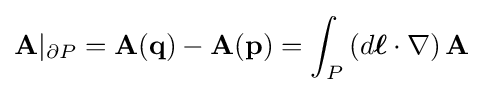
\mathbf {A} |_{\partial P}=\mathbf {A} (\mathbf {q} )-\mathbf {A} (\mathbf {p} )=\int _{P}\left(d{\boldsymbol {\ell }}\cdot \nabla \right)\mathbf {A}